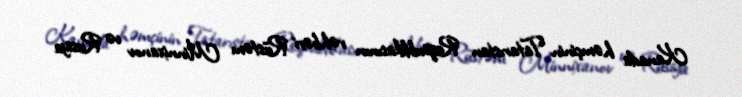
Kanada həmçinin Tatarıstan Respublikasının rəhbəri Rüstəm Minnixanov və Rusiya